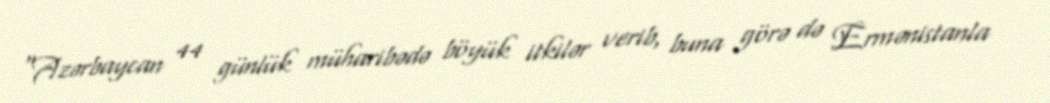
“Azərbaycan 44 günlük müharibədə böyük itkilər verib, buna görə də Ermənistanla